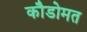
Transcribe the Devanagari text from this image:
कौडोमत